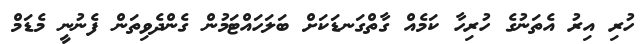
ހުރި އިރު އެތަނުގެ ހުރިހާ ކަމެއް ގާތްގަނޑަކަށް ބަލަހައްޓަމުން ގެންދެވިތަން ފެނުނީ މެޑަމް